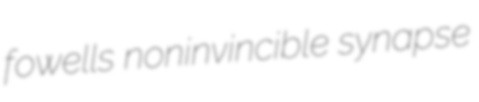
fowells noninvincible synapse